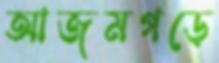
আজমগড়ে